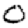
Digit: 0